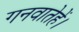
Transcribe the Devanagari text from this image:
गनवातेहें।